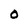
Character: O